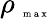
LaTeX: \rho_{\mathrm{~\tiny~m~a~x~}}